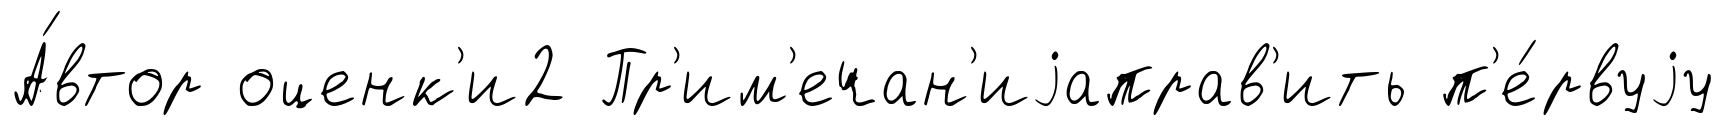
А́втор оценк'и2 Пр'им'ечан'иjаправ'ить п'е́рвуjу